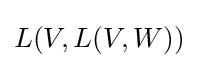
L(V,L(V,W))